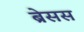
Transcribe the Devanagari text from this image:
ब्रेसस